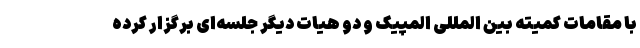
با مقامات کمیته بین المللی المپیک و دو هیات دیگر جلسه‌ای برگزار کرده